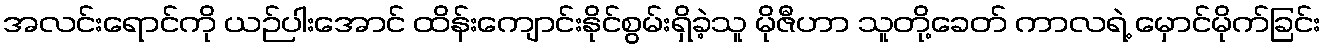
အလင်းရောင်ကို ယဉ်ပါးအောင် ထိန်းကျောင်းနိုင်စွမ်းရှိခဲ့သူ မိုဇီဟာ သူတို့ခေတ် ကာလရဲ့ မှောင်မိုက်ခြင်း